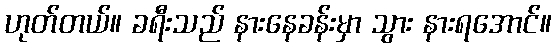
ဟုတ်တယ်။ ခရီးသည် နားနေခန်းမှာ သွား နားရအောင်။